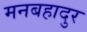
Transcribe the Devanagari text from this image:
मनबहादुर